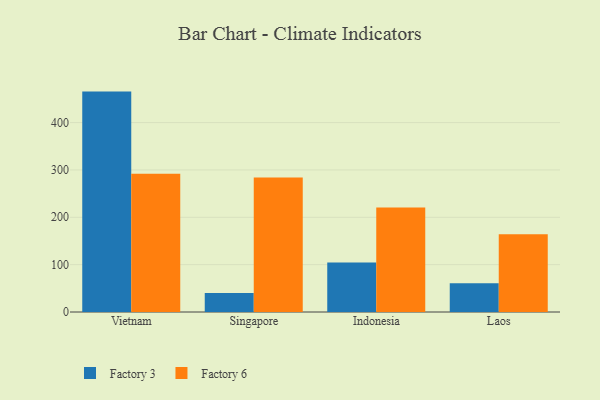
{"axis": {"x": "Country", "y": "Page Views"}, "legend": ["Factory 3", "Factory 6"], "data": [{"x": "Vietnam", "y": 465.4, "type": "Factory 3"}, {"x": "Vietnam", "y": 291.9, "type": "Factory 6"}, {"x": "Singapore", "y": 39.9, "type": "Factory 3"}, {"x": "Singapore", "y": 284.1, "type": "Factory 6"}, {"x": "Indonesia", "y": 104.7, "type": "Factory 3"}, {"x": "Indonesia", "y": 220.8, "type": "Factory 6"}, {"x": "Laos", "y": 60.5, "type": "Factory 3"}, {"x": "Laos", "y": 164.1, "type": "Factory 6"}]}